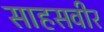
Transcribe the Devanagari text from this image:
साहसवीर